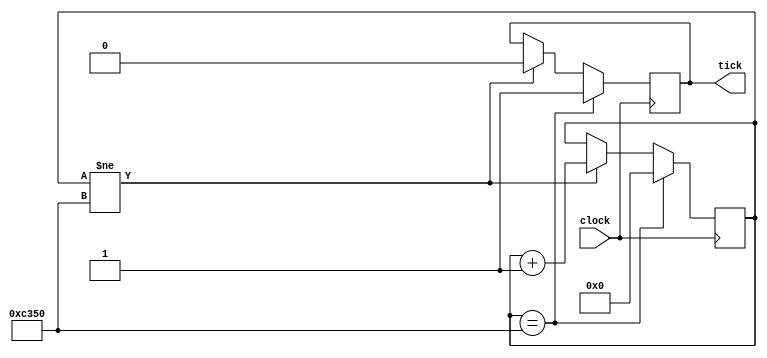
`timescale 1ns / 100ps

module clk_tick50000(
clock,
tick
);
parameter BIT_SZ=16;
input clock;
output tick;

reg [BIT_SZ-1:0] count;
reg tick; 

initial count=0;
initial tick = 0;

always @ (posedge clock)
	if (count == 50000)
	begin
		tick = 1;
		count = 0;
	end
	else if (count != 50000)
	begin
		count = count + 1'b1;
		tick = 0;
	end

endmodule